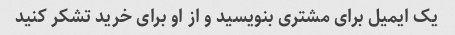
یک ایمیل برای مشتری بنویسید و از او برای خرید تشکر کنید